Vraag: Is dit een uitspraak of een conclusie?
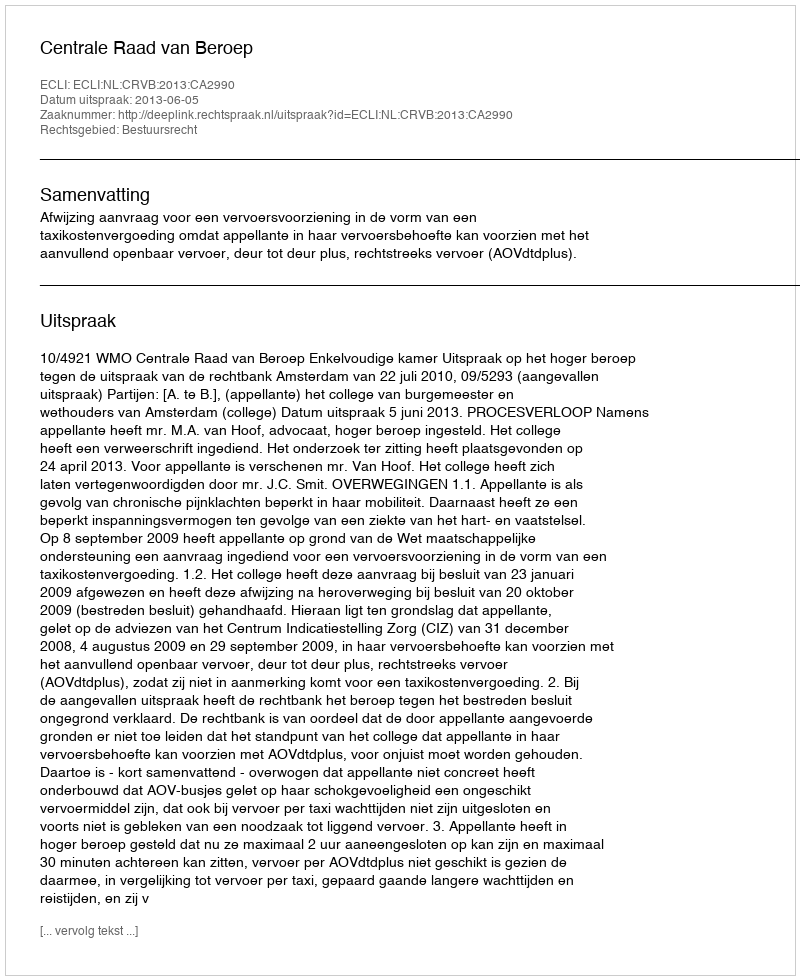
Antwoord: Uitspraak